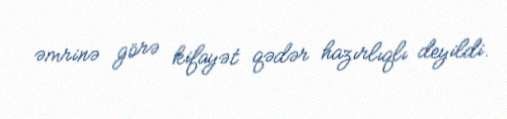
əmrinə görə kifayət qədər hazırlıqlı deyildi.